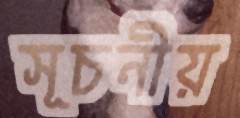
সূচনীয়